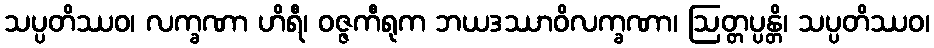
သပ္ပတိဿဝ၊ လက္ခဏာ ဟိရီ၊ ဝဇ္ဇကီရုက ဘယဒဿာဝိလက္ခဏာ၊ ဩတ္တပ္ပန္တိ၊ သပ္ပတိဿဝ၊